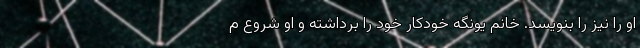
او را نیز را بنویسد. خانم یونگه خودکار خود را برداشته و او شروع م